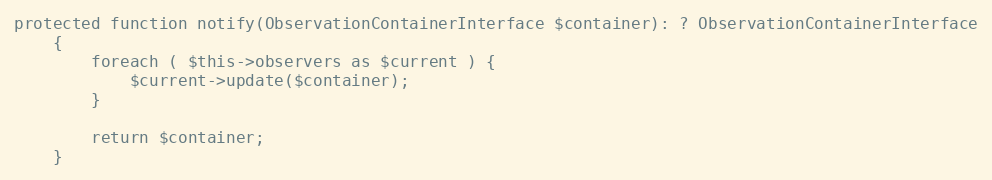
Language: PHP
protected function notify(ObservationContainerInterface $container): ? ObservationContainerInterface
    {
        foreach ( $this->observers as $current ) {
            $current->update($container);
        }

        return $container;
    }